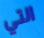
التي